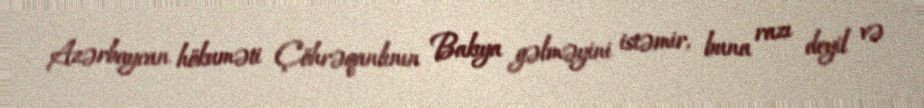
Azərbaycan hökuməti Çöhrəqanlının Bakıya gəlməyini istəmir, buna razı deyil və